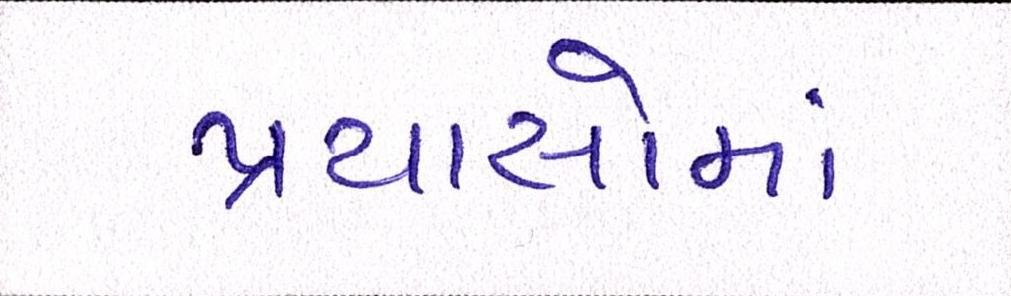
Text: પ્રયાસોમાં